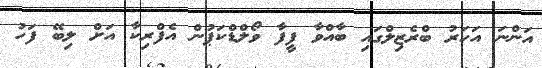
އަންނަ އަހަރު ބްރެޒިލްގައި ބާއްވާ ފީފާ ވޯލްޑްކަޕުން އެފްރިކާ އަށް ލިބޭ ފަހު